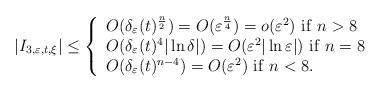
LaTeX: \begin{align*}|I_{3,\varepsilon,t,\xi}|\leq \left\{\begin{array}{lll}O(\delta_\varepsilon (t)^{\frac{n}{2}})=O(\varepsilon^{\frac{n}{4}})=o(\varepsilon^2)\ \mathrm{if}\ n>8 \\O(\delta_\varepsilon (t)^4 |\ln \delta|)=O(\varepsilon^2 |\ln \varepsilon|) \ \mathrm{if}\ n=8\\O(\delta_\varepsilon (t)^{n-4})=O(\varepsilon^2) \ \mathrm{if}\ n<8.\end{array}\right.\end{align*}